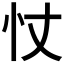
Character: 𢗆